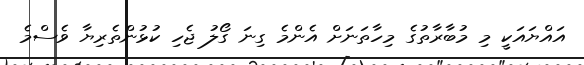
އައްޔައަކީ މި މުބާރާތުގެ މިހާތަނަށް އެންމެ ގިނަ ގޯލު ޖެހި ކުޅުންތެރިޔާ ވެސްމެ